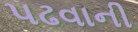
પઢવાની